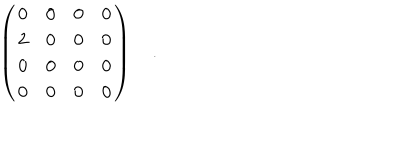
LaTeX: \left( \begin{array} { c c c c } { { { 0 } } } & { { { 0 } } } & { { { 0 } } } & { { { 0 } } } \\ { { 2 } } & { { 0 } } & { { 0 } } & { { 0 } } \\ { { 0 } } & { { 0 } } & { { 0 } } & { { 0 } } \\ { { 0 } } & { { 0 } } & { { 0 } } & { { 0 } } \\ \end{array} \right) \quad .